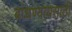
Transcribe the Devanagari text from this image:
बांधण्यायसाठी